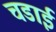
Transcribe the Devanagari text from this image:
चडाई